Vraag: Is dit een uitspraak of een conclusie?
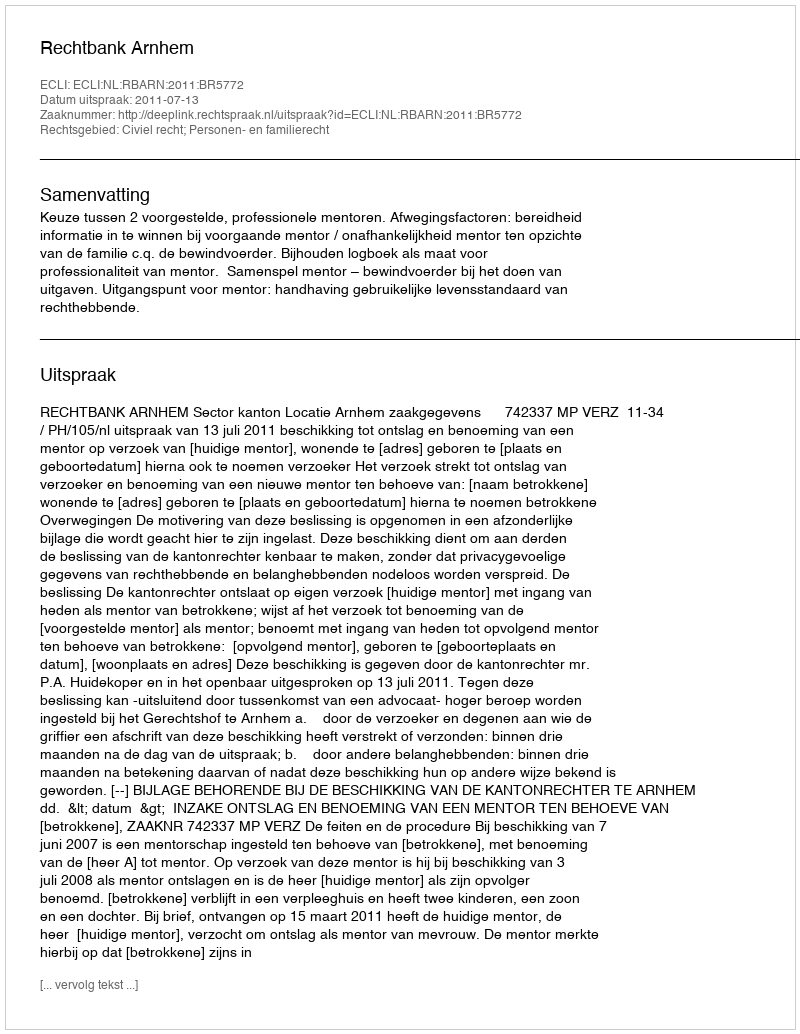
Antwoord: Uitspraak